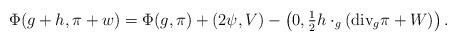
LaTeX: \begin{align*}\Phi(g+h, \pi+w) = \Phi(g, \pi) + (2\psi, V) - \left(0, \tfrac{1}{2}h\cdot_g \left(\textup{div}_g \pi+W\right)\right).\end{align*}